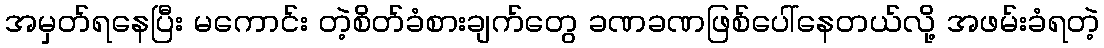
အမှတ်ရနေပြီး မကောင်း တဲ့စိတ်ခံစားချက်တွေ ခဏခဏဖြစ်ပေါ်နေတယ်လို့ အဖမ်းခံရတဲ့